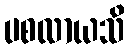
ပစလာယသိ